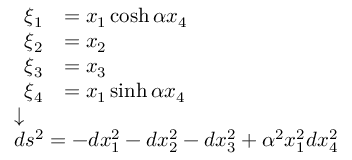
\scriptstyle { \begin{array} { l } { { \begin{array} { r l } { \xi _ { 1 } } & { = x _ { 1 } \cosh \alpha x _ { 4 } } \\ { \xi _ { 2 } } & { = x _ { 2 } } \\ { \xi _ { 3 } } & { = x _ { 3 } } \\ { \xi _ { 4 } } & { = x _ { 1 } \sinh \alpha x _ { 4 } } \end{array} } } \\ { { \boldsymbol { \downarrow } } } \\ { d s ^ { 2 } = - d x _ { 1 } ^ { 2 } - d x _ { 2 } ^ { 2 } - d x _ { 3 } ^ { 2 } + \alpha ^ { 2 } x _ { 1 } ^ { 2 } d x _ { 4 } ^ { 2 } } \end{array} }